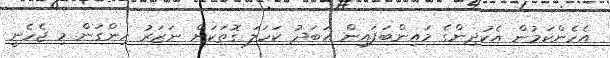
އެހެންކަމުން އެކުދިންގެ މައިންބަފައިން އަބަދު ކަހަލަ ގޮތަކަށް ނަޒަރު ހިންގަން މި ޖެހެނީ